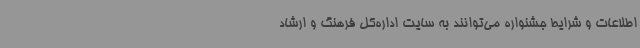
اطلاعات و شرایط جشنواره می‌توانند به سایت اداره‌کل فرهنگ و ارشاد